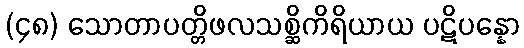
(၄၈) သောတာပတ္တိဖလသစ္ဆိကိရိယာယ ပဋိပန္နော